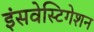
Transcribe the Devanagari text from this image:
इंसवेस्टिगेशन